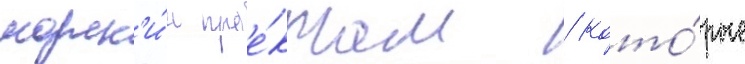
морск'и́м прое́ктам / кото́рые